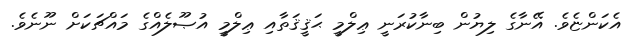
އެކަންޏެވެ. އޭނާގެ ލިޔުން ބިނާކުރަނީ ޢިލްމީ ޙަޤީޤަތާއި ޢިލްމީ އުޞޫލެއްގެ މައްޗަކަށް ނޫނެވެ.